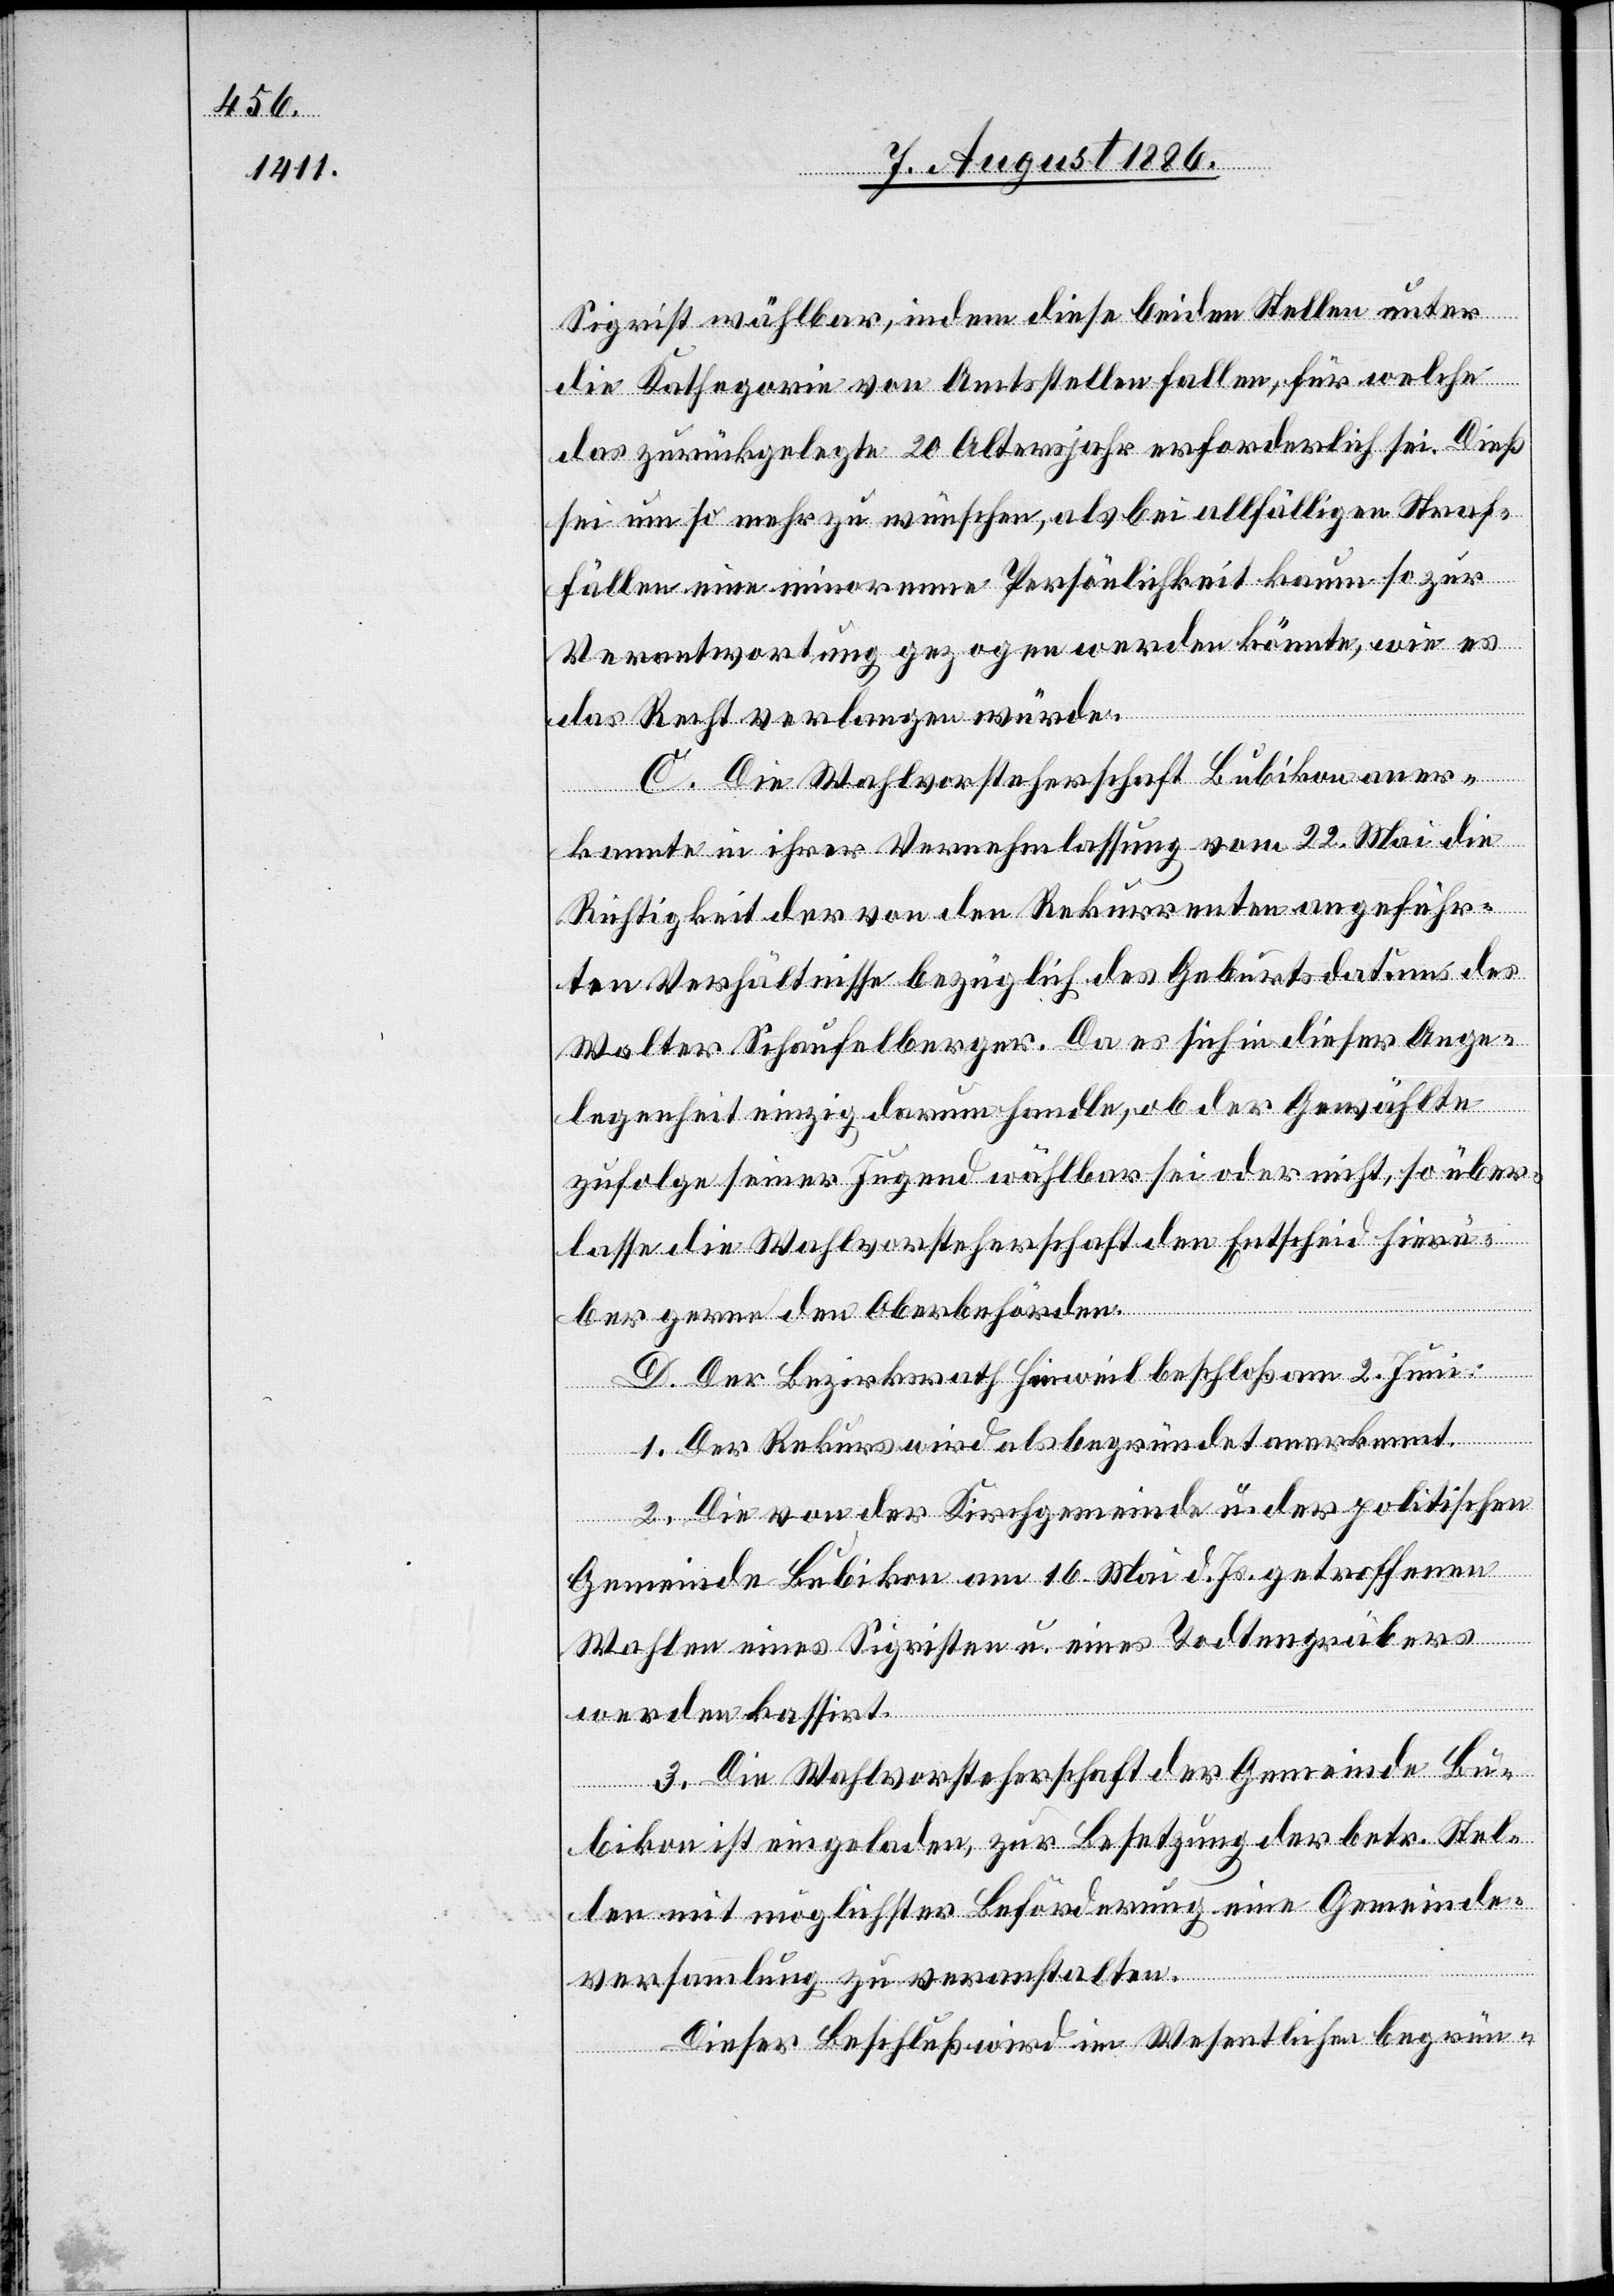
Sigrist wählbar, indem diese beiden Stellen unter
die Kathegorie von Amtsstellen fallen, für welche
das zurückgelegte 20[.] Altersjahr erforderlich sei. Dieß
sei um so mehr zu wünschen, als bei allfälligen Straf¬
fällen eine minorenne Persönlichkeit kaum so zur
Verantwortung gezogen werden könnte, wie es
das Recht verlangen würde.
C. Die Wahlvorsteherschaft Bubikon aner¬
kannte in ihrer Vernehmlassung vom 22. Mai die
Richtigkeit der von den Rekurrenten angeführ¬
ten Verhältnisse bezüglich des Geburtsdatums des
Walter Schaufelberger. Da es sich in dieser Ange¬
legenheit einzig darum handle, ob der Gewählte
zufolge seiner Jugend wählbar sei oder nicht, so über¬
lasse die Wahlvorsteherschaft den Entscheid hierü¬
ber gerne den Oberbehörden.
D. Der Bezirksrath Hinweil beschloß am 2. Juni:
1. Der Rekurs wird als begründet anerkannt.
2. Die von der Kirchgemeinde u. der politischen
Gemeinde Bubikon am 16. Mai d. Js. getroffenen
Wahlen eines Sigristen u. eines Todtengräbers
werden kassirt.
3. Die Wahlvorsteherschaft der Gemeinde Bu¬
bikon ist eingeladen, zur Besetzung der betr. Stel¬
len mit möglichster Beförderung eine Gemeinde¬
versammlung zu veranstalten.
Dieser Beschluß wird im Wesentlichen begrün-